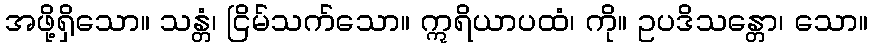
အဖို့ရှိသော။ သန္တံ၊ ငြိမ်သက်သော။ ဣရိယာပထံ၊ ကို။ ဥပဒိသန္တော၊ သော။